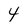
Character: 4